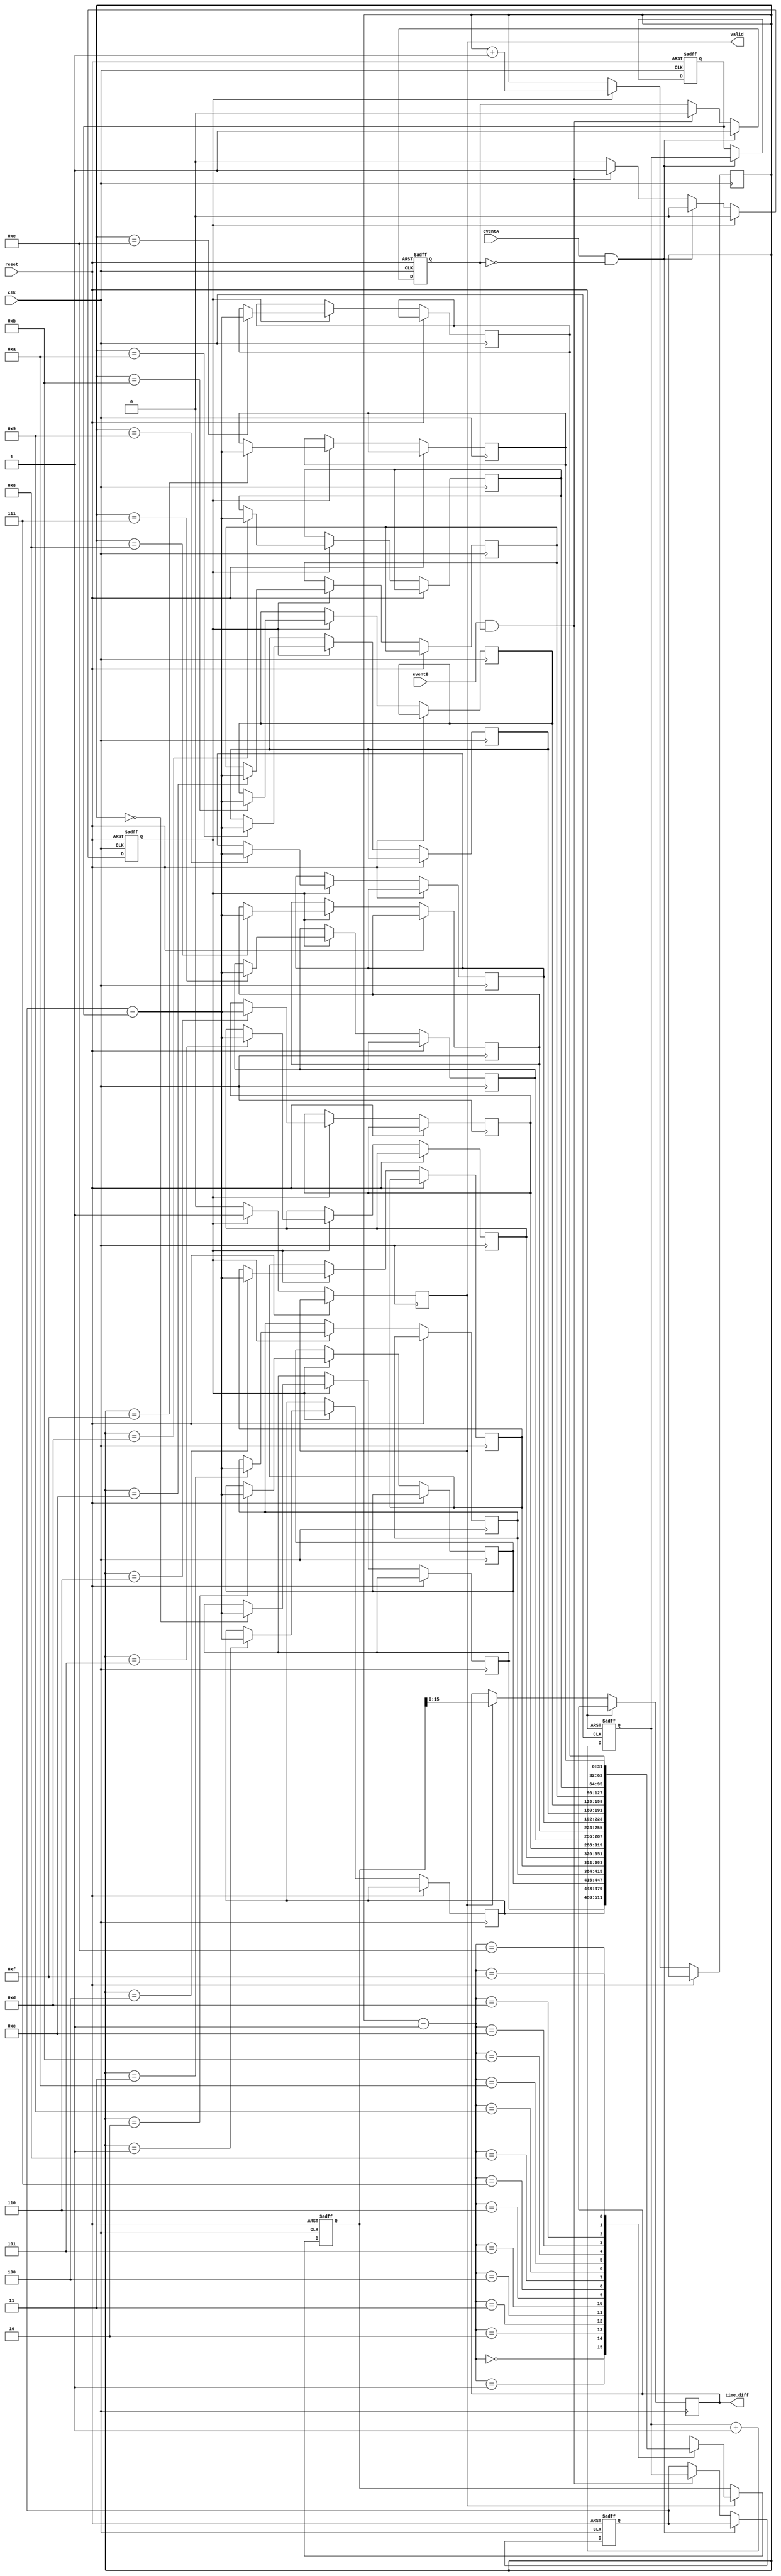
module MemoryBlocksHybridTDC (
    input wire clk,                // High-frequency clock
    input wire reset,              // Reset signal
    input wire eventA,             // Event A input
    input wire eventB,             // Event B input
    output reg [15:0] time_diff,   // Output time difference
    output reg valid               // Output valid signal
);

    // Time Measurement Unit (TMU)
    reg [31:0] counter;            // Time counter
    reg [31:0] timeA;              // Time at event A
    reg [31:0] timeB;              // Time at event B
    reg capturing;                 // State to indicate capturing time

    // Memory Block
    reg [31:0] memory [0:15];      // Memory array to store time measurements
    reg [3:0] mem_addr;            // Memory address pointer
    reg mem_write;                 // Memory write enable

    // Digital Processing Unit (DPU)
    reg [31:0] processed_time;     // Processed time difference
    reg processing;                // State to indicate processing

    // Initialization
    initial begin
        counter = 0;
        mem_addr = 0;
        capturing = 0;
        valid = 0;
        processing = 0;
    end

    // Time Counter
    always @(posedge clk or posedge reset) begin
        if (reset) begin
            counter <= 0;
        end else begin
            counter <= counter + 1; // Increment counter on each clock cycle
        end
    end

    // Event Detection and Time Capture
    always @(posedge clk or posedge reset) begin
        if (reset) begin
            timeA <= 0;
            timeB <= 0;
            capturing <= 0;
            mem_write <= 0;
        end else begin
            if (eventA && !capturing) begin
                timeA <= counter;      // Capture time at event A
                capturing <= 1;        // Set capturing state
            end else if (eventB && capturing) begin
                timeB <= counter;      // Capture time at event B
                capturing <= 0;        // Reset capturing state
                mem_write <= 1;        // Enable memory write
            end

            // Memory Write Logic
            if (mem_write) begin
                memory[mem_addr] <= timeB - timeA; // Store time difference in memory
                mem_addr <= mem_addr + 1;          // Increment memory address
                mem_write <= 0;                     // Reset memory write enable
                valid <= 1;                         // Set valid signal
            end else begin
                valid <= 0;                         // Reset valid signal
            end
        end
    end

    // Digital Processing Unit (DPU)
    always @(posedge clk or posedge reset) begin
        if (reset) begin
            processed_time <= 0;
            processing <= 0;
        end else if (valid) begin
            // Process the most recent time difference
            processed_time <= memory[mem_addr - 1]; // Read last written time difference
            time_diff <= processed_time[15:0];      // Output the lower 16 bits of the time difference
            processing <= 1;                         // Indicate processing is done
        end else begin
            processing <= 0;                         // Reset processing state
        end
    end

endmodule